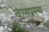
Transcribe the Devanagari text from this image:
वाणप्रस्थ